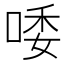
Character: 唩